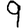
Digit: 9